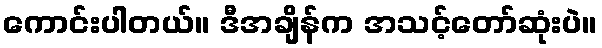
ကောင်းပါတယ်။ ဒီအချိန်က အသင့်တော်ဆုံးပဲ။